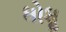
ધોધૢ